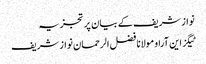
نواز شریف کے بیان پر تجزیہ
ٹیگز این آراو مولانا فضل الرحمان نواز شریف